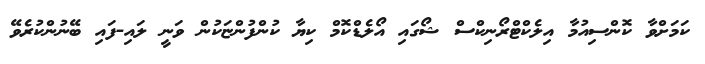
ކަމަށްވާ ކޮންސިއުމާ އިލެކްޓްރޯނިކްސް ޝޯގައި އޯލެޑްކޮމް ކިޔާ ކުންފުންޏަކުން ވަނީ ލައި-ފައި ބޭނުންކުރެވޭ